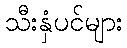
သီးနှံပင်များ